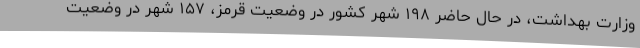
وزارت بهداشت، در حال حاضر ۱۹۸ شهر کشور در وضعیت قرمز، ۱۵۷ شهر در وضعیت